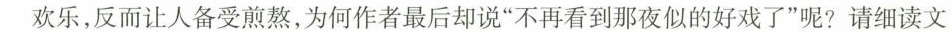
欢乐，反而让人备受煎熬，为何作者最后却说”不再看到那夜似的好戏了”呢?请细读文